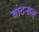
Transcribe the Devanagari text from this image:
वाटसन्